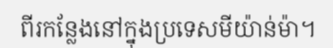
ពីរកន្លែងនៅក្នុងប្រទេសមីយ៉ាន់ម៉ា។